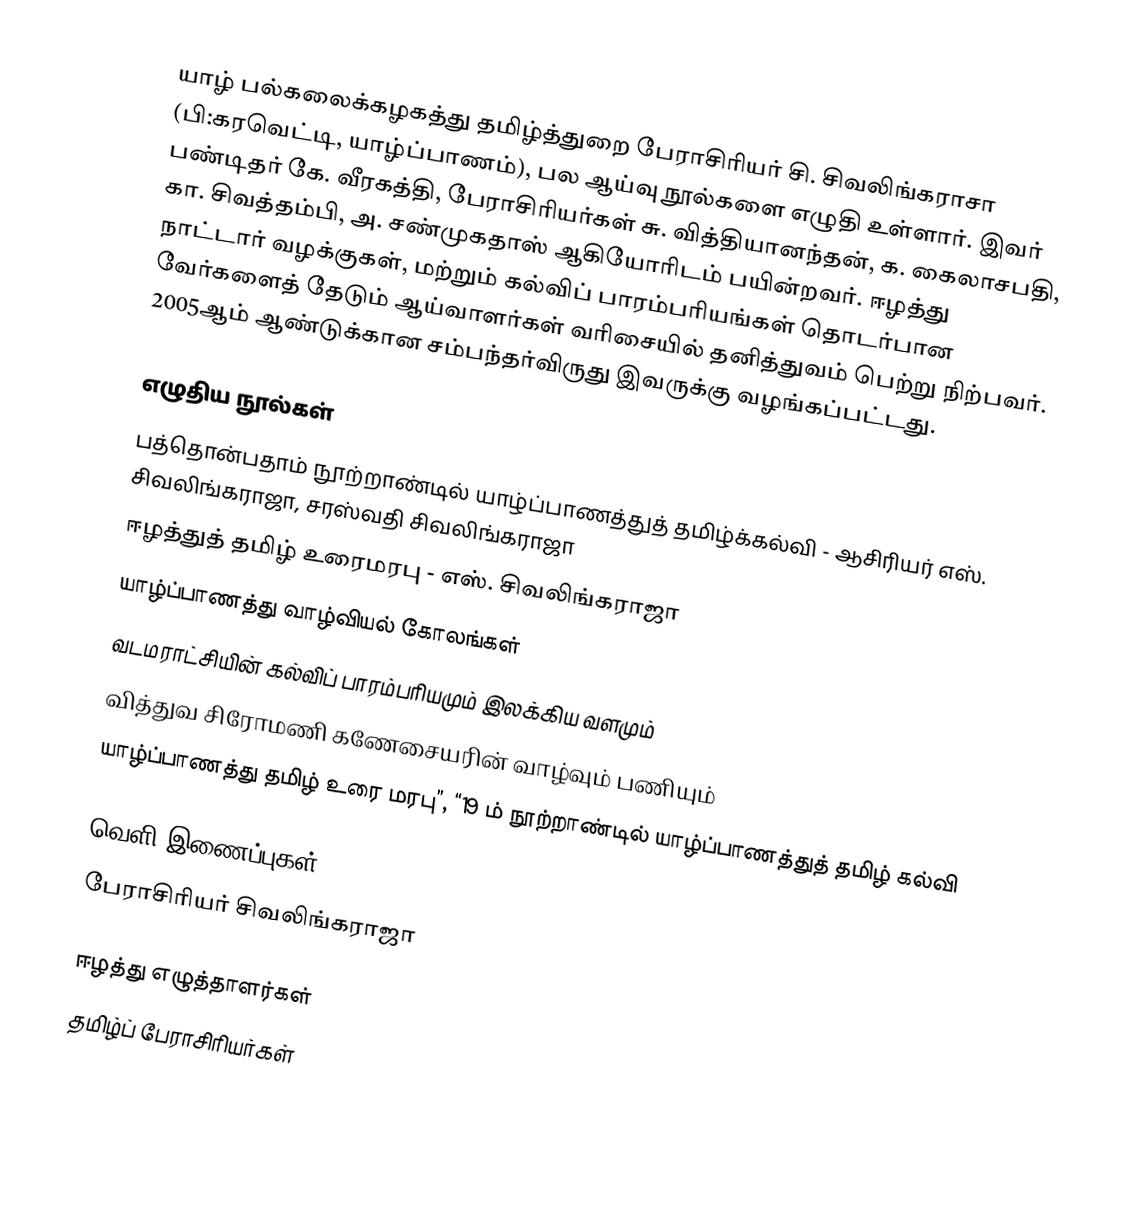
யாழ் பல்கலைக்கழகத்து தமிழ்த்துறை பேராசிரியர் சி. சிவலிங்கராசா (பி:கரவெட்டி, யாழ்ப்பாணம்), பல ஆய்வு நூல்களை எழுதி உள்ளார். இவர் பண்டிதர் கே. வீரகத்தி, பேராசிரியர்கள் சு. வித்தியானந்தன், க. கைலாசபதி, கா. சிவத்தம்பி, அ. சண்முகதாஸ் ஆகியோரிடம் பயின்றவர். ஈழத்து நாட்டார் வழக்குகள், மற்றும் கல்விப் பாரம்பரியங்கள் தொடர்பான வேர்களைத் தேடும் ஆய்வாளர்கள் வரிசையில் தனித்துவம் பெற்று நிற்பவர். 2005ஆம் ஆண்டுக்கான சம்பந்தர்விருது  இவருக்கு வழங்கப்பட்டது.

எழுதிய நூல்கள்
 பத்தொன்பதாம் நூற்றாண்டில் யாழ்ப்பாணத்துத் தமிழ்க்கல்வி - ஆசிரியர் எஸ். சிவலிங்கராஜா, சரஸ்வதி சிவலிங்கராஜா
 ஈழத்துத் தமிழ் உரைமரபு - எஸ். சிவலிங்கராஜா
 யாழ்ப்பாணத்து வாழ்வியல் கோலங்கள்
 வடமராட்சியின் கல்விப் பாரம்பரியமும் இலக்கிய வளமும்
 வித்துவ சிரோமணி கணேசையரின் வாழ்வும் பணியும்
 யாழ்ப்பாணத்து தமிழ் உரை மரபு”, “19 ம் நூற்றாண்டில் யாழ்ப்பாணத்துத் தமிழ் கல்வி

வெளி இணைப்புகள்
பேராசிரியர் சிவலிங்கராஜா

ஈழத்து எழுத்தாளர்கள்
தமிழ்ப் பேராசிரியர்கள்